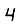
Digit: 4